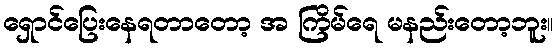
ရှောင်ပြေးနေရတာတော့ အ ကြိမ်ရေ မနည်းတော့ဘူး။